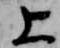
上